Malarial fevers
Disease focus: Malaria
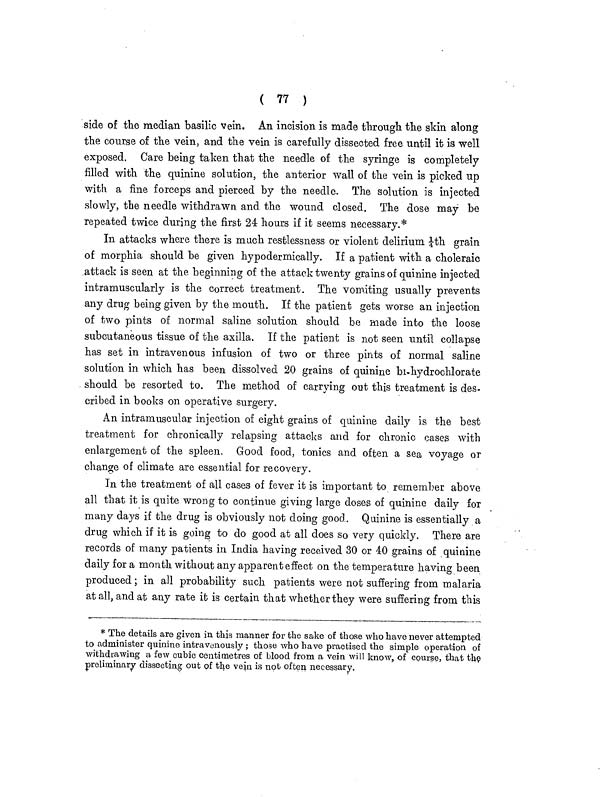
( 77 )
side of the median basilic vein. An incision is made through the skin along
the course of the vein, and the vein is carefully dissected free until it is well
exposed. Care being taken that the needle of the syringe is completely
filled with the quinine solution, the anterior wall of the vein is picked up
with a fine forceps and pierced by the needle. The solution is injected
slowly, the needle withdrawn and the wound closed. The dose may be
repeated twice during the first 24 hours if it seems necessary.*
In attacks where there is much restlessness or violent delirium ¼th grain
of morphia should be given hypodermically. If a patient with a choleraic
attack is seen at the beginning of the attack twenty grains of quinine injected
intramuscularly is the correct treatment. The vomiting usually prevents
any drug being given by the mouth. If the patient gets worse an injection
of two pints of normal saline solution should be made into the loose
subcutaneous tissue of the axilla. If the patient is not seen until collapse
has set in intravenous infusion of two or three pints of normal saline
solution in which has been dissolved 20 grains of quinine bi-hydrochlorate
should be resorted to. The method of carrying out this treatment is des-
cribed in books on operative surgery.
An intramuscular injection of eight grains of quinine daily is the best
treatment for chronically relapsing attacks and for chronic cases with
enlargement of the spleen. Good food, tonics and often a sea voyage or
chancre of climate are essential for recovery.
In the treatment of all cases of fever it is important to remember above
all that it is quite wrong to continue giving large doses of quinine daily for
many days if the drug is obviously not doing good. Quinine is essentially a
drug which if it is going to do good at all does so very quickly. There are
records of many patients in India having received 30 or 40 grains of quinine
daily for a month without any apparent effect on the temperature having been
produced; in all probability such patients were not suffering from malaria
at all, and at any rate it is certain that whether they were suffering from this
* The details are given in this manner for the sake of those who have never attempted
to administer quinine intravenously ; those who have practised the simple operation of
withdrawing a few cubic centimetres of blood from a vein will know, of course, that the
preliminary dissecting out of the vein is not often necessary.